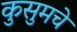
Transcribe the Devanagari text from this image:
कुसुमचे